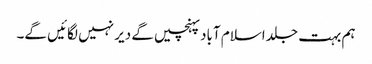
ہم بہت جلد اسلام آباد پہنچیں گے دیر نہیں لگائیں گے۔